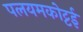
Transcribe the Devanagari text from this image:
पलयमकोट्टई